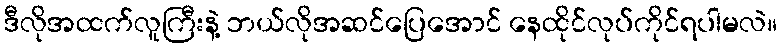
ဒီလိုအထက်လူကြီးနဲ့ ဘယ်လိုအဆင်ပြေအောင် နေထိုင်လုပ်ကိုင်ရပါမလဲ။